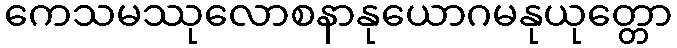
ကေသမဿုလောစနာနုယောဂမနုယုတ္တော